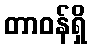
တာဝန်ရှိ